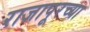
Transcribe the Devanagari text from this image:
राजापूरच्या